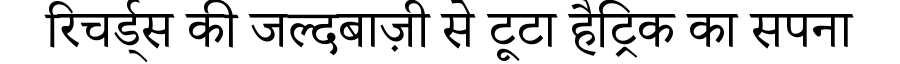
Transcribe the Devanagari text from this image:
रिचर्ड्स की जल्दबाज़ी से टूटा हैट्रिक का सपना